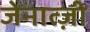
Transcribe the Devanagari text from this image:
जेनात्ज़ी